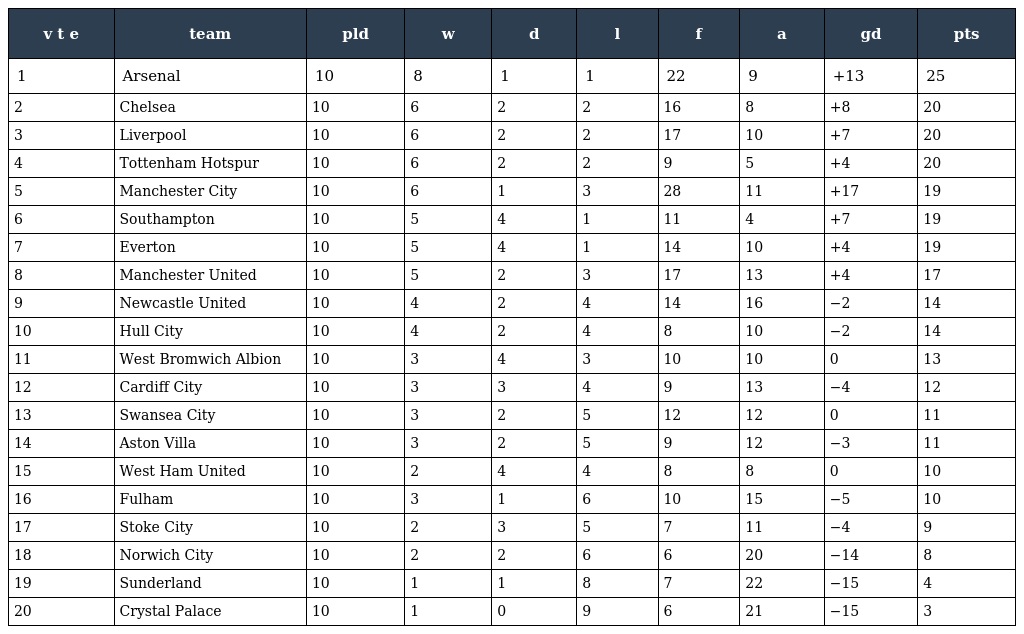
| v t e | team | pld | w | d | l | f | a | gd | pts |
 | --- | --- | --- | --- | --- | --- | --- | --- | --- | --- |
 | 1 | Arsenal | 10 | 8 | 1 | 1 | 22 | 9 | +13 | 25 |
 | 2 | Chelsea | 10 | 6 | 2 | 2 | 16 | 8 | +8 | 20 |
 | 3 | Liverpool | 10 | 6 | 2 | 2 | 17 | 10 | +7 | 20 |
 | 4 | Tottenham Hotspur | 10 | 6 | 2 | 2 | 9 | 5 | +4 | 20 |
 | 5 | Manchester City | 10 | 6 | 1 | 3 | 28 | 11 | +17 | 19 |
 | 6 | Southampton | 10 | 5 | 4 | 1 | 11 | 4 | +7 | 19 |
 | 7 | Everton | 10 | 5 | 4 | 1 | 14 | 10 | +4 | 19 |
 | 8 | Manchester United | 10 | 5 | 2 | 3 | 17 | 13 | +4 | 17 |
 | 9 | Newcastle United | 10 | 4 | 2 | 4 | 14 | 16 | −2 | 14 |
 | 10 | Hull City | 10 | 4 | 2 | 4 | 8 | 10 | −2 | 14 |
 | 11 | West Bromwich Albion | 10 | 3 | 4 | 3 | 10 | 10 | 0 | 13 |
 | 12 | Cardiff City | 10 | 3 | 3 | 4 | 9 | 13 | −4 | 12 |
 | 13 | Swansea City | 10 | 3 | 2 | 5 | 12 | 12 | 0 | 11 |
 | 14 | Aston Villa | 10 | 3 | 2 | 5 | 9 | 12 | −3 | 11 |
 | 15 | West Ham United | 10 | 2 | 4 | 4 | 8 | 8 | 0 | 10 |
 | 16 | Fulham | 10 | 3 | 1 | 6 | 10 | 15 | −5 | 10 |
 | 17 | Stoke City | 10 | 2 | 3 | 5 | 7 | 11 | −4 | 9 |
 | 18 | Norwich City | 10 | 2 | 2 | 6 | 6 | 20 | −14 | 8 |
 | 19 | Sunderland | 10 | 1 | 1 | 8 | 7 | 22 | −15 | 4 |
 | 20 | Crystal Palace | 10 | 1 | 0 | 9 | 6 | 21 | −15 | 3 |